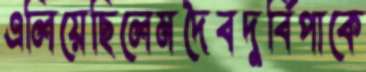
এলিয়েছিলেমদৈবদুর্বিপাকে